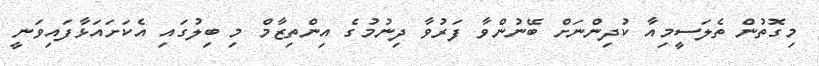
މިގޮތުން ތެލަސީމިއާ ކުދިންނަށް ބޭނުންވާ ފަރުވާ ދިނުމުގެ އިންތިޒާމް މި ބިލުގައި އެކަށައަޅާފައިވަނީ